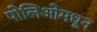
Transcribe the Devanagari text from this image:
पोलिओमधून